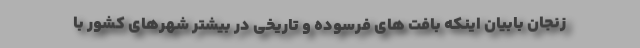
زنجان بابیان اینکه بافت های فرسوده و تاریخی در بیشتر شهرهای کشور با